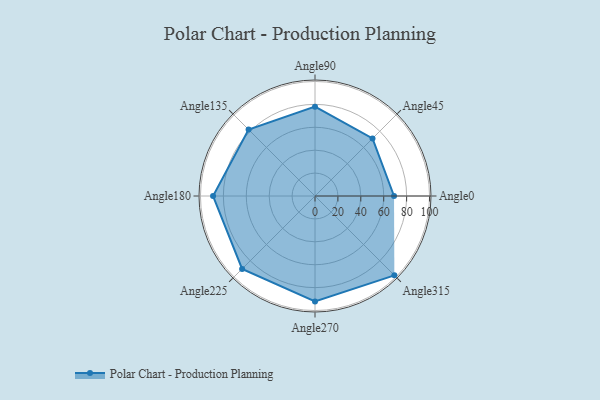
{"axis": {"x": "Angle", "y": "Radius"}, "legend": [""], "data": [{"x": "Angle0", "y": 69.0, "type": ""}, {"x": "Angle45", "y": 71.0, "type": ""}, {"x": "Angle90", "y": 78.0, "type": ""}, {"x": "Angle135", "y": 82.0, "type": ""}, {"x": "Angle180", "y": 89.0, "type": ""}, {"x": "Angle225", "y": 90.0, "type": ""}, {"x": "Angle270", "y": 92.0, "type": ""}, {"x": "Angle315", "y": 98.0, "type": ""}]}